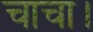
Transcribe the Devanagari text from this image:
चाचा।